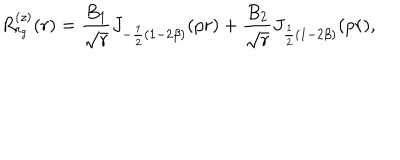
LaTeX: R _ { r _ { g } } ^ { ( z ) } ( r ) = \frac { B _ { 1 } } { \sqrt { r } } J _ { - \frac { 1 } { 2 } ( 1 - 2 \beta ) } ( p r ) + \frac { B _ { 2 } } { \sqrt { r } } J _ { \frac { 1 } { 2 } ( 1 - 2 \beta ) } ( p r ) ,